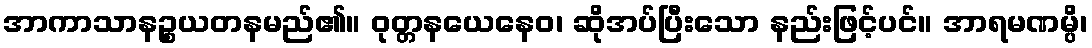
အာကာသာနဉ္စယတနမည်၏။ ဝုတ္တနယေနေဝ၊ ဆိုအပ်ပြီးသော နည်းဖြင့်ပင်။ အာရမဏမ္ပိ၊